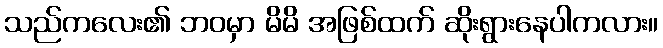
သည်ကလေး၏ ဘဝမှာ မိမိ အဖြစ်ထက် ဆိုးရွားနေပါကလား။